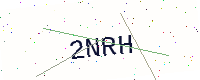
Text: 2NRH